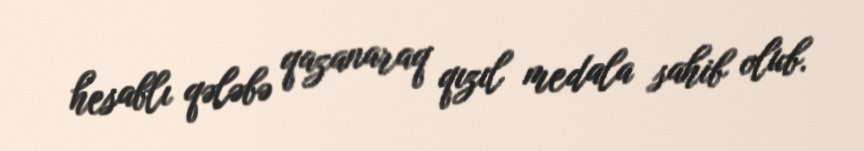
hesablı qələbə qazanaraq qızıl medala sahib olub.